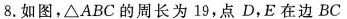
8.如图，△ABC的周长为19，点D，E在边BC